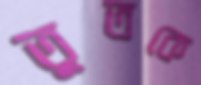
তুতকে